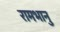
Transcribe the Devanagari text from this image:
रामभानु